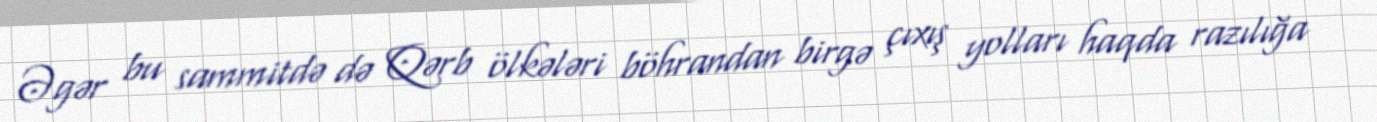
Əgər bu sammitdə də Qərb ölkələri böhrandan birgə çıxış yolları haqda razılığa